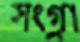
সংগ্রা